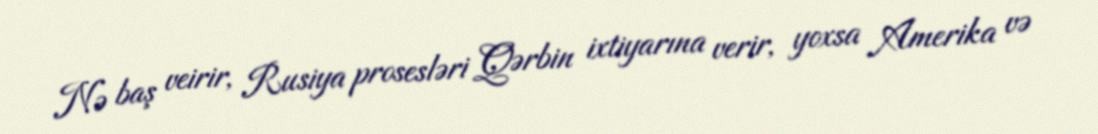
Nə baş veirir, Rusiya prosesləri Qərbin ixtiyarına verir, yoxsa Amerika və